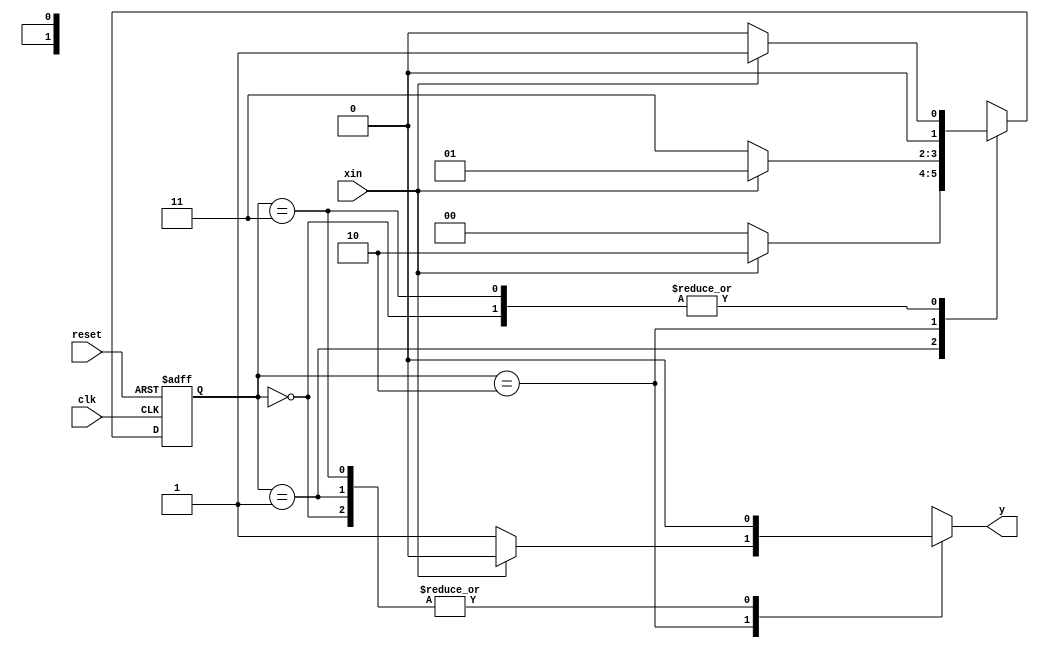
module seq_110r
(
	input xin,
	input clk,
	input reset,
	output reg y

);

reg [1:0]state;
reg [1:0]next_state;

parameter S0= 2'b00;
parameter S1= 2'b01;
parameter S2= 2'b10;
parameter S3= 2'b11;


always @(posedge clk,negedge reset)
	if (reset==0)
		state <= S0;
	else
		state<=next_state;
		
always @(state,xin)
	case(state)
	
	S0: if(xin) next_state<=S1; else next_state<=S0;
	S1: if(xin) next_state<=S2; else next_state<=S0;
	S2: if(~xin) next_state<=S3; else next_state<=S1;
	S3: if(xin) next_state<=S1; else next_state<=S0;

	endcase
	
always @(state,xin)
	case( state )
	
	S0: if(~xin) y=0; else y=0;
	S1: if(~xin) y=0; else y=0;
	S2: if(~xin) y=1; else y=0;
	S3: if(~xin) y=0; else y=0;

	endcase
endmodule